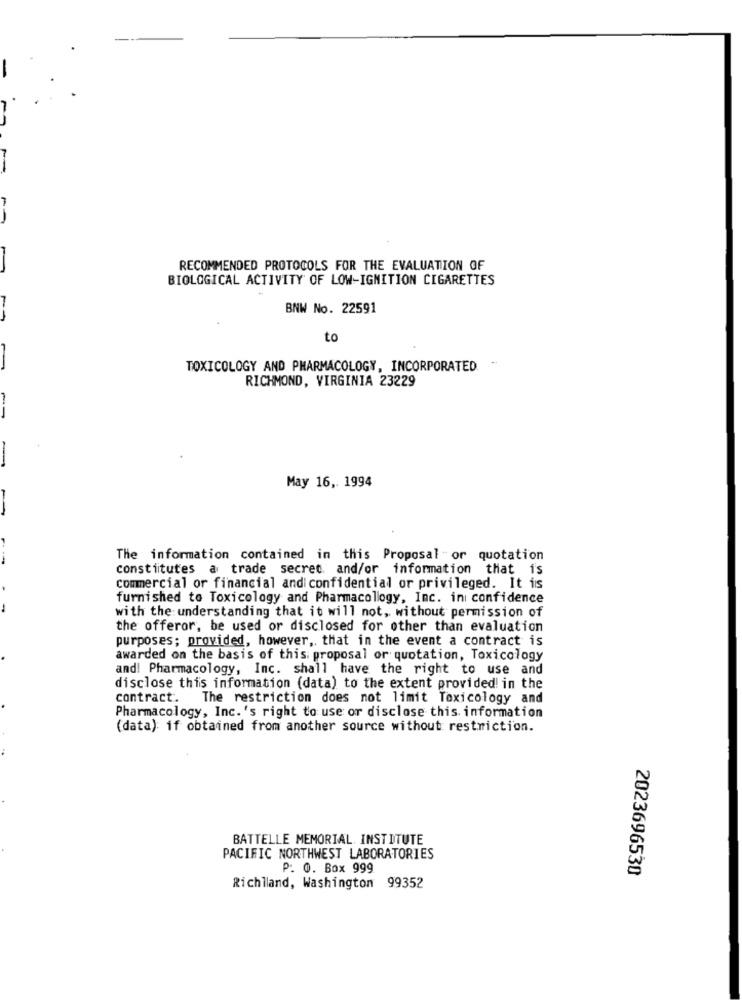
-
RECOMMENDED PROTOCOLS FOR THE EVALUATION OF
BIOLOGICAL ACTIVITY OF LOW-IGNITION CIGARETTES
-
BNW No. 22591
to
TOXICOLOGY AND PHARMACOLOGY, INCORPORATED
RICHMOND, VIRGINIA 23229
--
May 16 ,. 1994
The information contained in this Proposal or quotation
constitutes a trade secret and/or information that is
commercial or financial andi confidential or privileged. It is
furnished to Toxicology and Pharmacology, Inc. in confidence
with the understanding that it will not, without permission of
the offeror, be used or disclosed for other than evaluation
purposes; provided, however, that in the event a contract is
awarded on the basis of this proposal or quotation, Toxicology
and! Pharmacology, Inc. shall have the right to use and
disclose this information (data) to the extent provided! in the
contract. The restriction does not limit Toxicology and
Pharmacology, Inc.'s right to use or disclose this information
(data) if obtained from another source without restriction.
BATTELLE MEMORIAL. INSTITUTE
PACIFIC NORTHWEST LABORATORIES
P. O. Box 999
2023696530
Richland, Washington 99352